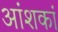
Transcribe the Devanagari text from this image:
आंशकां